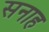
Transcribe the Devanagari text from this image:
सनाह